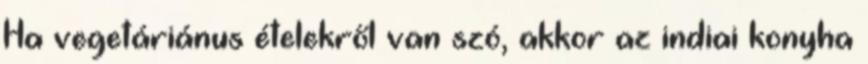
Ha vegetáriánus ételekről van szó, akkor az indiai konyha